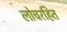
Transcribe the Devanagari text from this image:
लोचरहित